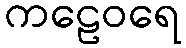
ကဠေဝရေ